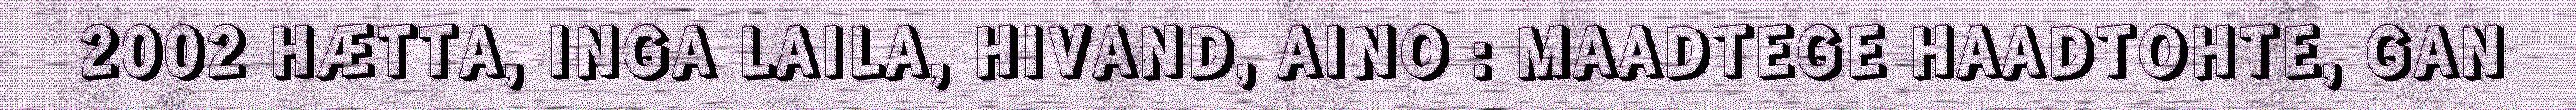
2002 HÆTTA, INGA LAILA, HIVAND, AINO : MAADTEGE HAADTOHTE, GAN